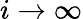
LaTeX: i\rightarrow\infty